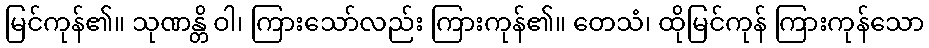
မြင်ကုန်၏။ သုဏန္တိ ဝါ၊ ကြားသော်လည်း ကြားကုန်၏။ တေသံ၊ ထိုမြင်ကုန် ကြားကုန်သော